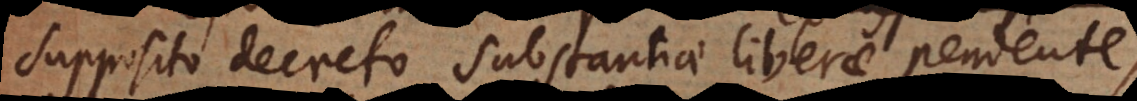
supposito decreto substantiae liberae pendente,